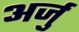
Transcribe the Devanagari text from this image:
अर्जु